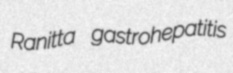
Ranitta gastrohepatitis